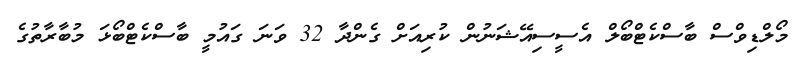
މޯލްޑިވްސް ބާސްކެޓްބޯލް އެސީސިއޭޝަނުން ކުރިއަށް ގެންދާ 32 ވަނަ ގައުމީ ބާސްކެޓްބޯޅަ މުބާރާތުގެ